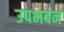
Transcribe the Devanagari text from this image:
उपभवन